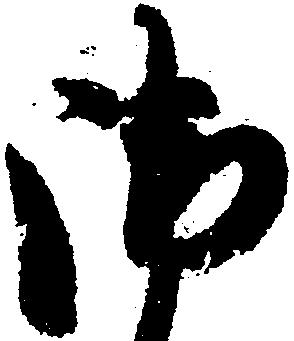
御